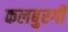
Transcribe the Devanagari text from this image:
कलबुरगी